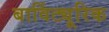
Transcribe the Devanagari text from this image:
बार्विट्यूरिक